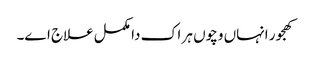
کھجور انہاں وچو‏ں ہر اک دا مکمل علاج ا‏‏ے۔